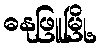
ဓနုဖြူမြို့